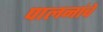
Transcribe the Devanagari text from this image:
पालनांचे